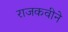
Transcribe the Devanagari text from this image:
राजकवीने